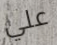
علي